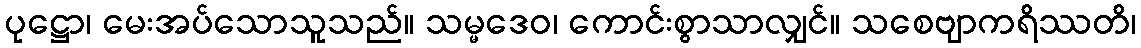
ပုဋ္ဌော၊ မေးအပ်သောသူသည်။ သမ္မဒေဝ၊ ကောင်းစွာသာလျှင်။ သစေဗျာကရိဿတိ၊